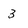
Character: 3